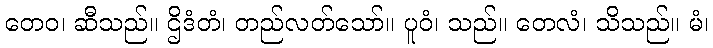
တေဝ၊ ဆီသည်။ ဌိဒံတံ၊ တည်လတ်သော်။ ပူဝံ၊ သည်။ တေလံ၊ သိသည်။ မံ၊